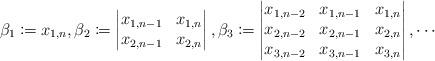
LaTeX: \begin{align*}\beta_1 \coloneqq x_{1,n}, \beta_2 \coloneqq \begin{vmatrix}x_{1,n-1} & x_{1,n} \\x_{2,n-1} & x_{2,n}\end{vmatrix}, \beta_3 \coloneqq \begin{vmatrix}x_{1,n-2} & x_{1,n-1} & x_{1,n}\\x_{2,n-2} & x_{2,n-1} & x_{2,n} \\x_{3,n-2} & x_{3,n-1} & x_{3,n}\end{vmatrix}, \cdots\end{align*}